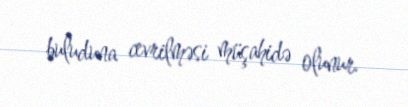
buluduna cevrilməsi müşahidə olunur.